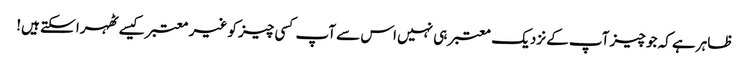
ظاہر ہے کہ جو چیز آپ کے نزدیک معتبر ہی نہیں اس سے آپ کسی چیز کو غیر معتبر کیسے ٹھہرا سکتے ہیں!